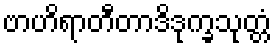
ဗာဟိရာတီတာဒိဒုက္ခသုတ္တံ